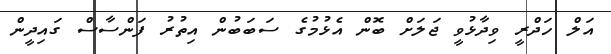
އަލް ހަދްރީ ވިދާޅުވީ ޖަލަށް ބޮން އެޅުމުގެ ސަބަބުން އިތުރު ފަންސާސް ގައިދީން